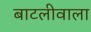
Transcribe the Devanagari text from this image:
बाटलीवाला